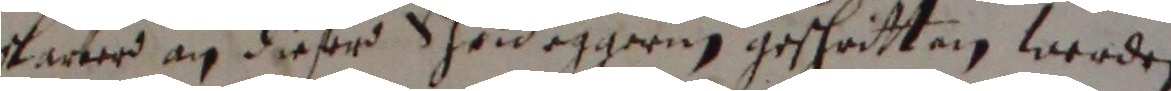
varer an dieser schuldeggerug gescheitten werden